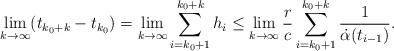
LaTeX: \begin{align*} \lim_{k \to \infty} (t_{k_0+k} - t_{k_0}) = \lim_{k \to \infty}\sum_{i=k_0+1}^{k_0+k} h_i \le \lim_{k \to \infty} \frac{r}{c} \sum_{i=k_0+1}^{k_0+k} \frac{1}{\dot{\alpha}(t_{i-1})}. \end{align*}